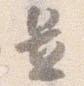
置